Account of plague administration in the Bombay Presidency from September 1896 till May 1897
Year: 1896
Disease focus: Plague
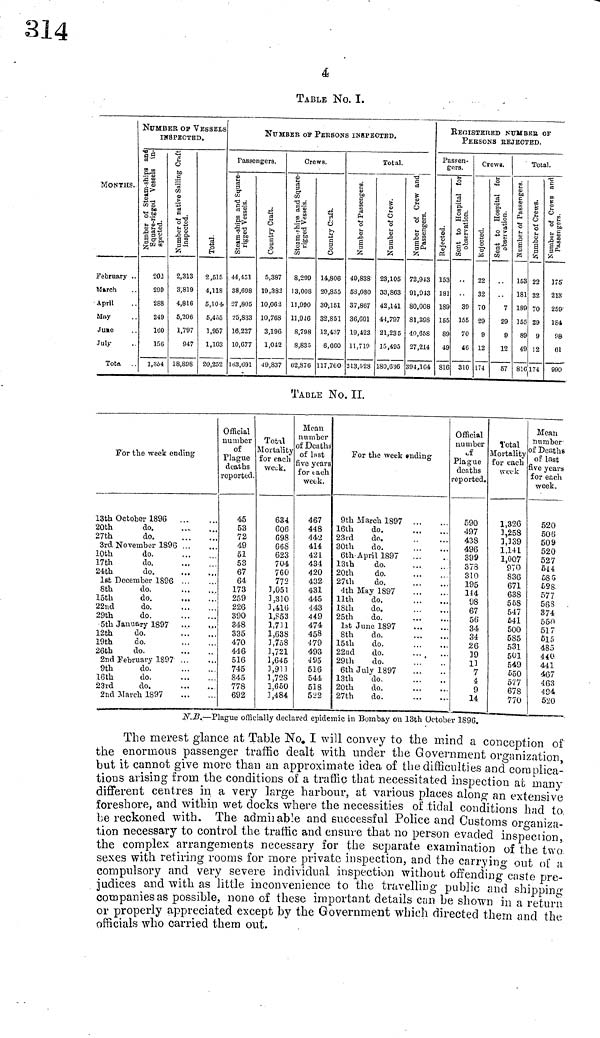
a
TABLE No. I.
MONTHS.
February ..
March ..
April ..
May ..
June ..
July ..
Tota
NUMBER OP VESSELS
INSPECTED.
203
200
288
249
160
156
1,354
2,313
3,819
4,816
5,206
1,707
947
18,898
2,515
4,118
5,104
5,455
1,957
1,103
20,252
NUMBER οτ PERSONS INSPECTED.
Passengers.
44,451
38,698
27 ,805
25,833
16,227
10,677
163,691
5,387
19,383
10,063
10,768
3,196
1,042
49,837
Crews.
8,299
13,008
11,990
11,946
8,798
8,83-3
62,876
14,806
20,855
30,151
32,851
12,4,37
6,600
117,760·
Total.
49,838
58,080
37,867
36,601
19,423
11,710
213,528
23,105
33,863
42,141
44,797
21,235
15,493
180,636
72,943
91,913
80,008
81,398
40,658
27,214
394,164
REGISTERED NTTHBEB, OF
PEBSONS KEJECTED.
Passen-
gors.
153
181
189
155
89
49
816
39
155
70
46
310
Crcwe.
22
32
70
29
9
12
174
7
29
9
12
57
Total.
153
181
189
155
89
49
816
22
32
70
29
9
12
174
175
213
259
184
08
01
990
TABLE No. II.
For the week ending
13th October 1896
20th
do.
27th
do.
3rd November 1896
10th
do.
17th
do.
24th
do.
1st December 1896
8th
do.
15th
do.
22nd
do.
29th
do.
5th January 1897
12th
do.
19th
do.
26th
do.
2nd February 1897
9th
do.
16th
do.
23rd
do.
2nd farcii 1897
Official
number
of
Plague
deaths
reported.
45
53
72
49
51
53
67
64
173
259
226
390
348
335
470
446
516
745
845
778
692
Total
Mortality
for each
weak.
634
606
098
668
623
704
7CO
772
1,051
],310
3,410
1,853
1,711
1,638
3,758
J,721
1,645
3,911
1,728
1,650
3,484
Mean
number
of Deaths
of last
ive years
for tach
week.
467
448
44'2
414
421
434
420
432
431
445
443
449
474
458
479
493
495
516
544
518
522
l'or the week ending
9th March 1897
16th
do.
23rd
do.
30th
do.
6th- April 1897
13th
do.
20th
do.
27th
do.
4th May 1897
llth
do,
18th
do.
25th
do.
1st June 1897
8th
do.
15th
do.
22nd
do.
29th
do.
6th July 1897
13th
'do,
20th
do.
27th
do.
Official
number
of
Plague
deaths
•eported.
590
497
438
496
399
373
310
195
114
98
67
56
34
34
26
39
13
7
4
9
14
Total
Mortality
for each
week
1,326
3,258
3,339
1,141
1,007
970
836
671
638
568
547
£41
500
585
531
501
549
550
577
678
770
Mean
number
of Deaths
of last
ive year»
for each
week.
520
506
50 &
520
527
614
685
698
577
565
3/4
55-0
517
615
485
440
441
467
463
494
520
N.B.—Plague officially declared epidemic in Bombay on 13th October 1896.
The merest glance at Table No. I will convey to the mind a conception of
the enormous passenger traffic dealt with under the Government organization,
but it cannot give more than an approximate idea of the difficulties and complica-
tions arising from the conditions of a traffic that necessitated inspection at many
different centres in a very large harbour, at various places along an extensive
foreshore, and within wet docks where the necessities of tidal conditions had to
be reckoned with. The admirable and successful Police and Customs organiza-
tion necessary to control the traffic and ensure that no person evaded inspection,
the complex arrangements necessary for the separate examination of the two
sexes with retiring rooms for more private inspection, and the carrying out of a
compulsory and very severe individual inspection without offending caste pre-
judices and with as little inconvenience to the travelling public and shipping
companies as possible, none of these important details can be shown in a return
or properly appreciated except by the Government which directed them and the
officials who carried them out.